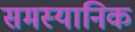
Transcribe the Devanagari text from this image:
समस्यानिक